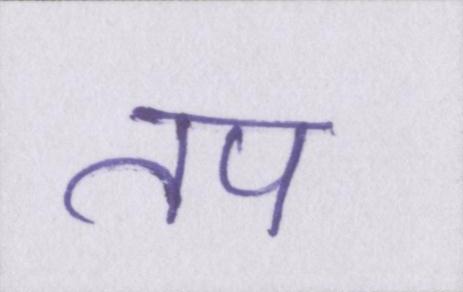
तप